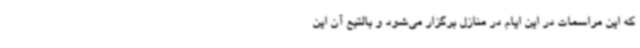
که این مراسمات در این ایام در منازل برگزار می‌شود و بالتبع آن این